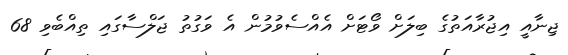
ޖިނާއީ އިޖުރާއަތުގެ ބިލަށް ވޯޓަށް އެއްސެވުމުން އެ ވަގުތު ޖަލްސާގައި ތިއްބެވި 68